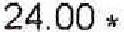
24.00 *